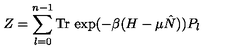
Z = \sum _ { l = 0 } ^ { n - 1 } \mathrm { T r \thinspace } \exp ( - \beta ( H - \mu \hat { N } ) ) P _ { l }